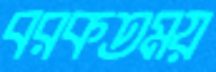
বরকতময়